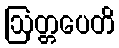
ဩတ္တပေတိ